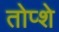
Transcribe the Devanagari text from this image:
तोप्शे